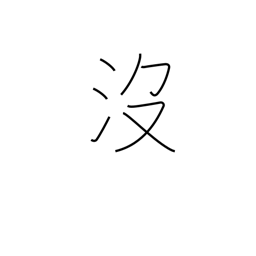
Meaning: to drown